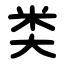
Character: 类